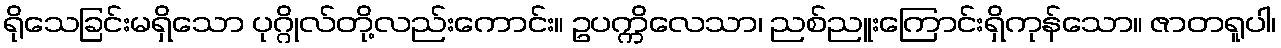
ရိုသေခြင်းမရှိသော ပုဂ္ဂိုလ်တို့လည်းကောင်း။ ဥပက္ကိလေသာ၊ ညစ်ညူးကြောင်းရှိကုန်သော။ ဇာတရူပါ၊